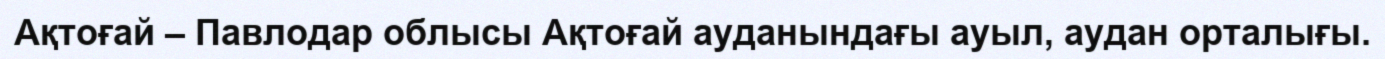
Ақтоғай – Павлодар облысы Ақтоғай ауданындағы ауыл, аудан орталығы.